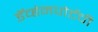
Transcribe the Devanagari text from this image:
डॅव्हेनपोर्टची